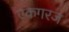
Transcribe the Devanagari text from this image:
एकगरज